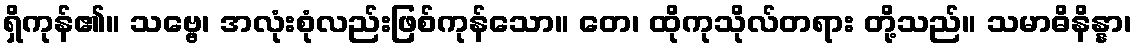
ရှိကုန်၏။ သဗ္ဗေ၊ အလုံးစုံလည်းဖြစ်ကုန်သော။ တေ၊ ထိုကုသိုလ်တရား တို့သည်။ သမာဓိနိန္နာ၊